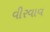
વીરવાવ